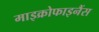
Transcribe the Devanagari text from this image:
माइक्रोफाइनैंस